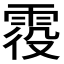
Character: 𩂹